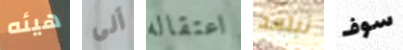
هيئه آنى اعتقاله نبتعد سوف